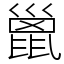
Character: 巤